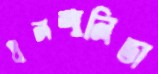
ধনশালিতা